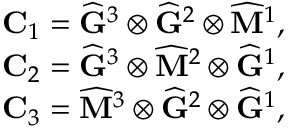
\begin{array} { r } { \mathbf { C } _ { 1 } = \widehat { \mathbf { G } } ^ { 3 } \otimes \widehat { \mathbf { G } } ^ { 2 } \otimes \widehat { \mathbf { M } } ^ { 1 } , } \\ { \mathbf { C } _ { 2 } = \widehat { \mathbf { G } } ^ { 3 } \otimes \widehat { \mathbf { M } } ^ { 2 } \otimes \widehat { \mathbf { G } } ^ { 1 } , } \\ { \mathbf { C } _ { 3 } = \widehat { \mathbf { M } } ^ { 3 } \otimes \widehat { \mathbf { G } } ^ { 2 } \otimes \widehat { \mathbf { G } } ^ { 1 } , } \end{array}